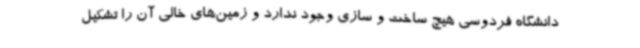
دانشگاه فردوسی هیچ ساخت و سازی وجود ندارد و زمین‌های خالی آن را تشکیل